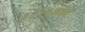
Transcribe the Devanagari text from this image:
१८१६मध्ये